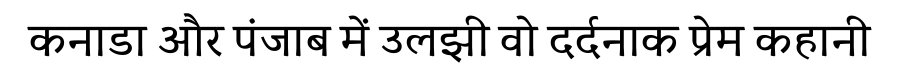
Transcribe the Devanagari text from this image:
कनाडा और पंजाब में उलझी वो दर्दनाक प्रेम कहानी